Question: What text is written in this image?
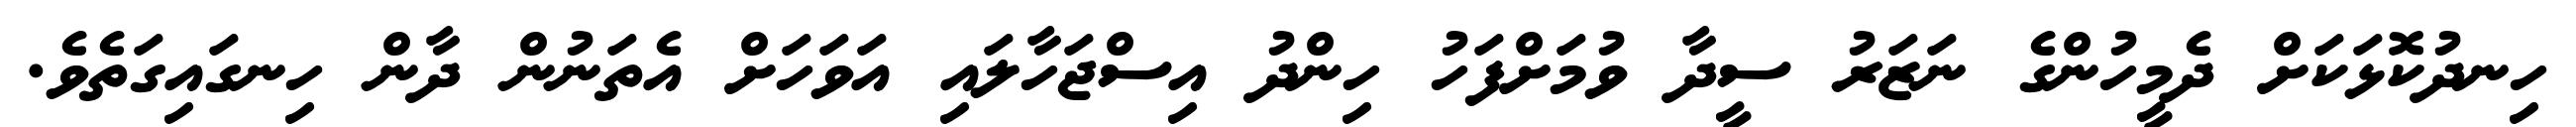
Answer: ހިނދުކޮޅަކަށް ދެމީހުންގެ ނަޒަރު ސީދާ ވުމަށްފަހު ހިންދު އިސްޖަހާލައި އަވަހަށް އެތަނުން ދާން ހިނގައިގަތެވެ.